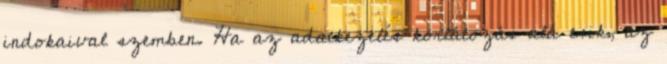
indokaival szemben. Ha az adatkezelés korlátozás alá esik, az